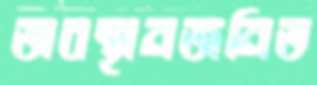
অবস্থানজনিত